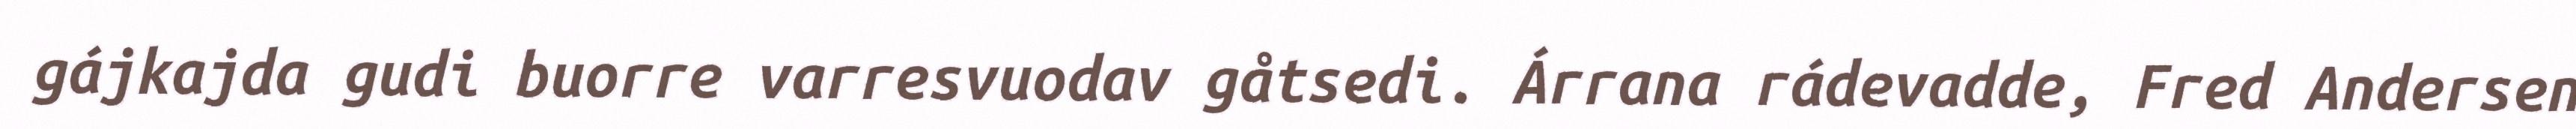
gájkajda gudi buorre varresvuodav gåtsedi. Árrana rádevadde, Fred Andersen